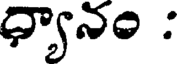
ధ్యానం :